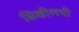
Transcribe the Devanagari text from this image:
सिव्हीलची